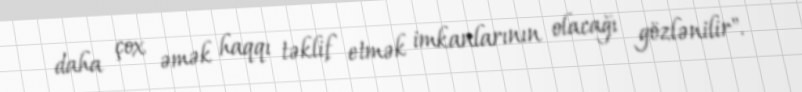
daha çox əmək haqqı təklif etmək imkanlarının olacağı gözlənilir".